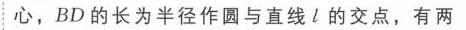
心，$BD$的长为半径作圆与直线$l$的交点，有两